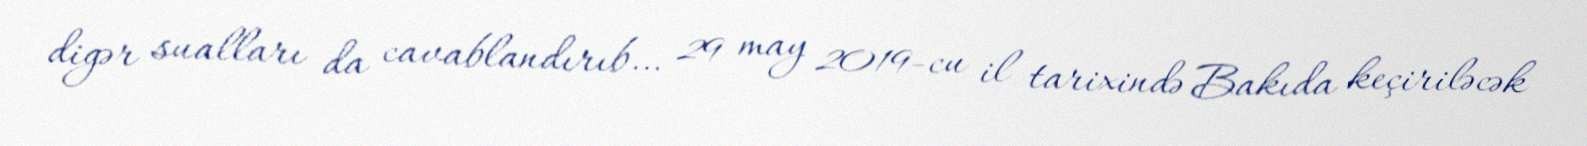
digər sualları da cavablandırıb… 29 may 2019-cu il tarixində Bakıda keçiriləcək